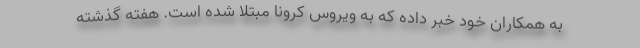
به همکاران خود خبر داده که به ویروس کرونا مبتلا شده است. هفته گذشته